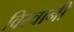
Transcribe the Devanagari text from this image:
विरवानी